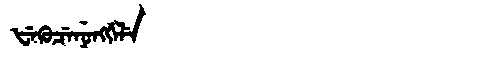
Manchu: ᡶᡝᡴᡠᠴᡝᠨᡠᠩᡤᡝᠯᡝ
Romanization: FEKUCENUNGGELE